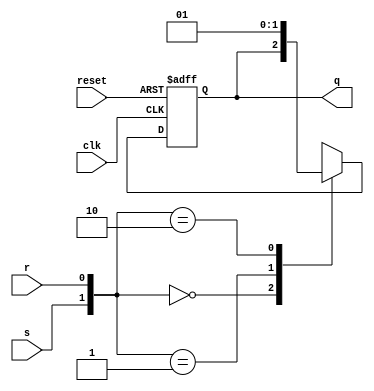
module srff(q,s,r,clk,reset);
input s,r,reset,clk;
output reg q;
always@ (negedge reset or negedge clk)
if (!reset)
	q<=0;
else
	case ({s,r})
		2'b00: q<=q;
		2'b01: q<=0;
		2'b10: q<=1;
		2'b11: q<=1'bx;
	endcase
endmodule

module l10q2(A,clk,reset);
input clk,reset;
output [2:0]A;
srff ff1(A[2],~A[1]&~A[0],A[2]&~A[1],clk,reset);
srff ff2(A[1],~A[2]&~A[1],(A[2]&~A[0])|(~A[2]&A[1]&A[0]),clk,reset);
srff ff3(A[0],~A[0],(~A[2]&A[0])|(A[1]&A[0]),clk,reset);
endmodule